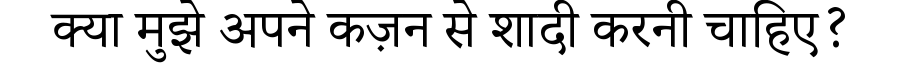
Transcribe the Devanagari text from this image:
क्या मुझे अपने कज़न से शादी करनी चाहिए?